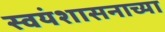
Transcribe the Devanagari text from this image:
स्वयंशासनाच्या